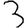
Digit: 3